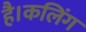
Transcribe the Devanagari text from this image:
है।कलिंग